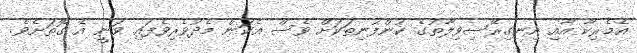
އެމެރިކާ އާއި އިނގިރޭސިވިލާތުގެ ކުންފުނިތަކަށް ވެސް އެކަން މެދުވެރިވެފައި ވަނީ އެ ގޮތަށެވެ.